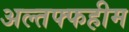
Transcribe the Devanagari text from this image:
अल्तफ्फहीम